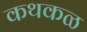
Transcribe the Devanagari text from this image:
कथकळ